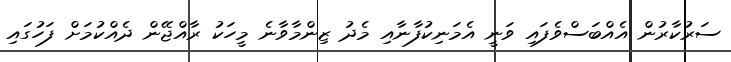
ސަރުކާރުން އެއްބަސްވެފައި ވަނީ އެމަނިކުފާނާއި މެދު ޒިންމާވާނެ މީހަކު ރާއްޖޭން ދެއްކުމަށް ފަހުގައި